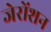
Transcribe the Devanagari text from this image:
जेरोंशन